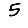
Digit: 5